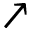
\nearrow